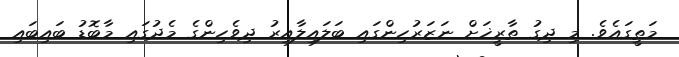
މަތީގައެވެ. މި ދިގު ތާރީޚަށް ނަޒަރުހިންގައި ބަލައިލާއިރު ދިވެހިންގެ މެދުގައި މާބޮޑު ބައިބައި